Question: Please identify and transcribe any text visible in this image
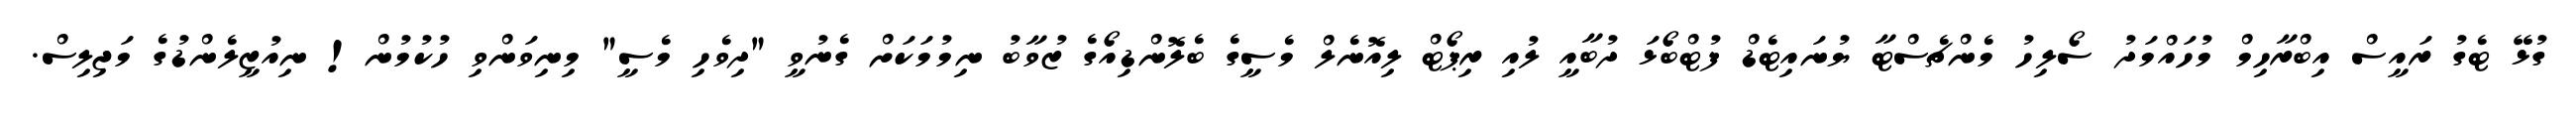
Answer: ގުޅޭ ޓެގު ރައީސް އިބްރާހިމް މުހައްމަދު ސޯލިހު މެންޗެސްޓާ ޔުނައިޓެޑް ފުޓްބޯޅަ ދުބާއީ ލުއި ރިޕޯޓް ލިއޮނެލް މެސީގެ ބެލޮންޑިއޯގެ ޒުވާބު ނިމުމަކަށް ގެނުވީ "ދިވެހި މެސީ" މިނިވަންވި ހުކުމުން! ނިއުޒީލެންޑުގެ މަޖިލިސް.